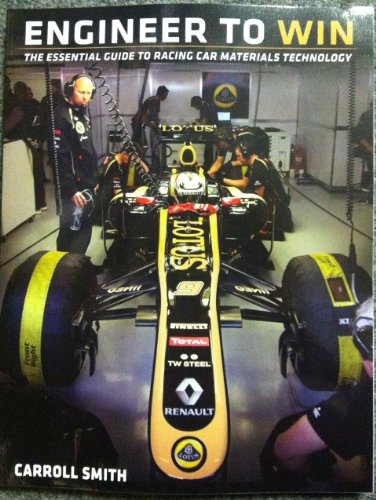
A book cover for Engineer to Win; Carroll Smith; Sports & Outdoors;